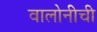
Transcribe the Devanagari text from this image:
वालोनीची